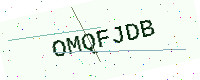
Text: OMQFJDB